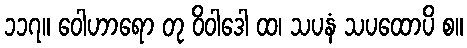
၁၁၇။ ဝေါဟာရော တု ဝိဝါဒေါ ထ၊ သပနံ သပထောပိ စ။